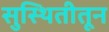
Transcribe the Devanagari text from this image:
सुस्थितीतून